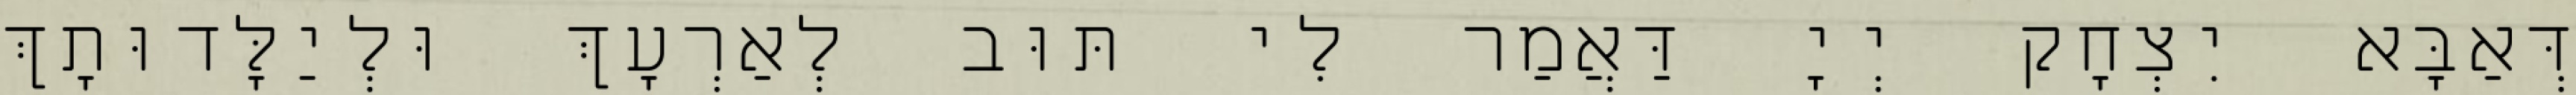
דְּאַבָּא יִצְחָק יְיָ דַּאֲמַר לִי תּוּב לְאַרְעָךְ וּלְיַלָּדוּתָךְ